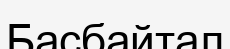
Басбайтал